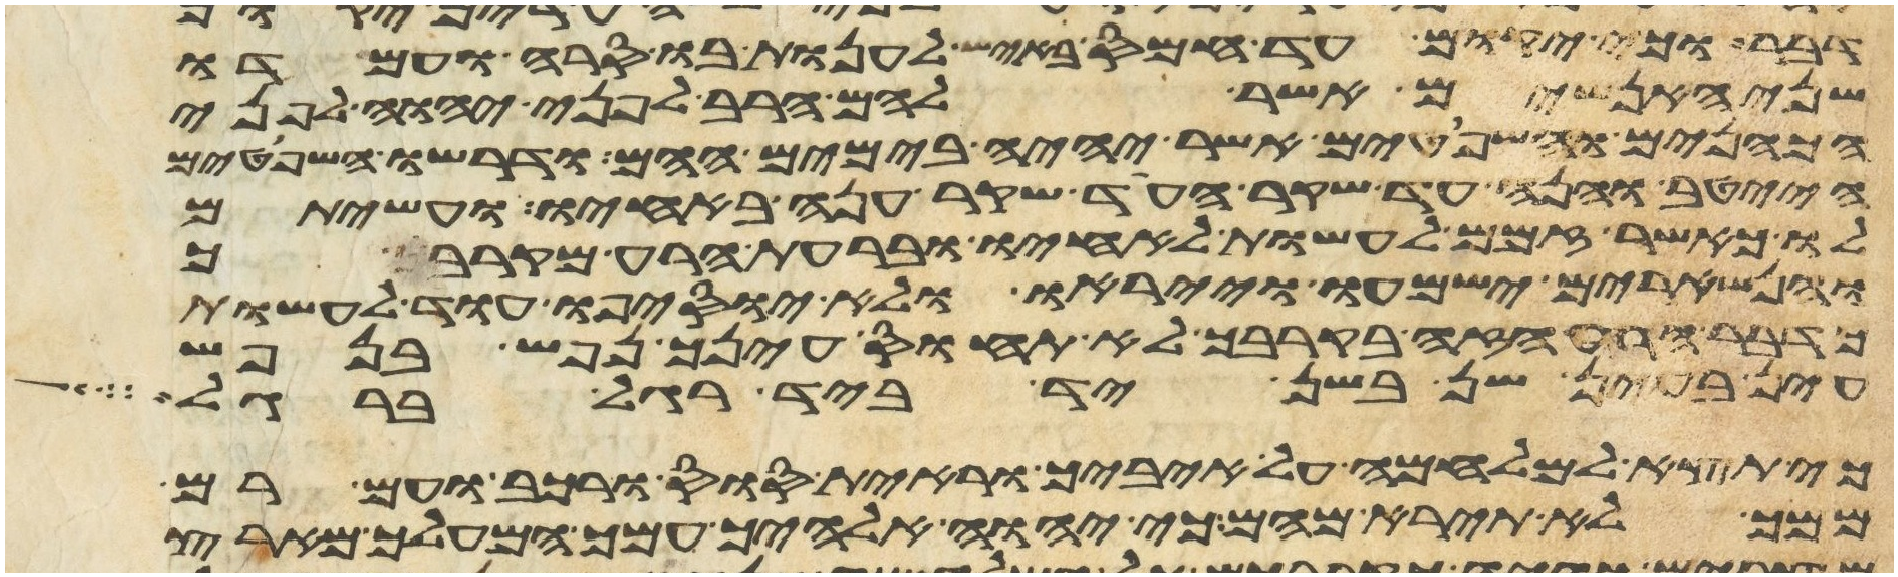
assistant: דבר וכי יקום עד חמס באיש לענות בו סרה ועמדו
שני האנשים אשר להם הריב לפני יהוה לפני
הכהנים והשפטים אשר יהיה בימים ההם ודרשו השפטים
הייטב והנה עד שקר העד שקר ענה באחיו ועשיתם
לו כאשר זמם לעשות לאחיו ובערת הרע מקרבך
והנשארים ישמעו וייראו ולא יוסיפו עוד לעשות
כדבר הרע הזה בקרבך לא תחוס עינך נפש בנפש
עין בעין שן בשן יד ביד רגל ברגל
כי תצא למלחמה על איביך וראית סוס ורכב ועם רב
ממך לא תירא מהם כי יהוה אלהיך עמך המעלך מארץ